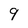
Character: 9